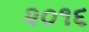
૨૦૧૬